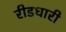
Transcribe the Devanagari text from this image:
रीडधारी